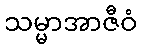
သမ္မာအာဇီဝံ